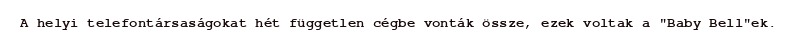
A helyi telefontársaságokat hét független cégbe vonták össze, ezek voltak a "Baby Bell"ek.